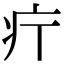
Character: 𤴫